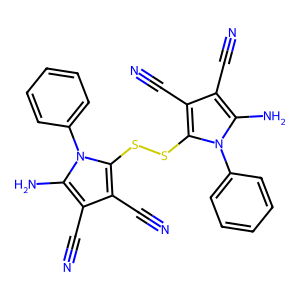
SMILES: N#Cc1c(C#N)c(SSc2c(C#N)c(C#N)c(N)n2-c2ccccc2)n(-c2ccccc2)c1N
Inhibits HIV replication: No